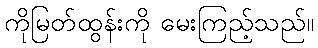
ကိုမြတ်ထွန်းကို မေးကြည့်သည်။